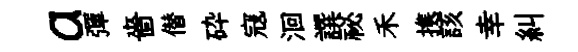
a彈嗇僣砕寇洄譔祕禾携該幸糾